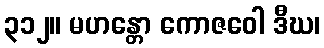
၃၁၂။ မဟန္တော ကောဇဝေါ ဒီဃ၊